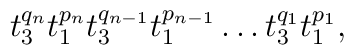
t_{3}^{q_{n}}t_{1}^{p_{n}}t_{3}^{q_{n-1}}t_{1}^{p_{n-1}}\ldots t_{3}^{q_{1}}t_{1}^{p_{1}},